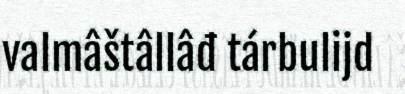
valmâštâllâđ tárbulijd